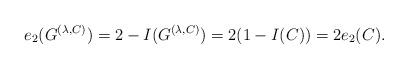
LaTeX: \begin{align*} e_2(G^{(\lambda,C)})=2-I(G^{(\lambda,C)}) =2(1-I(C))=2e_2(C).\end{align*}